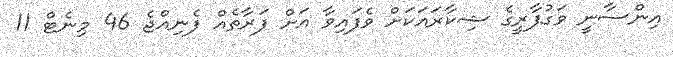
އިންސާނީ ވަގުފާރީގެ ޝިކާރައަކަށް ވެފައިވާ އަށް ފަރާތެއް ފެނިއްޖެ 46 މިނެޓް 11